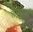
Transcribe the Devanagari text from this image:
तेमडेजी